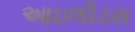
આઇલીડસ